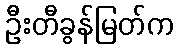
ဦးတီခွန်မြတ်က